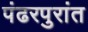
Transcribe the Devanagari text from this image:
पंढरपुरांत